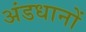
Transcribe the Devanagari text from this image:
अंडधानों